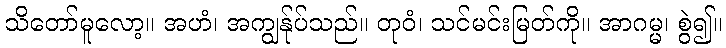
သိတော်မူလော့။ အဟံ၊ အကျွန်ုပ်သည်။ တုဝံ၊ သင်မင်းမြတ်ကို။ အာဂမ္မ၊ စွဲ၍။